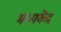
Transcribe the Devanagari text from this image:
मध्यकेंद्र